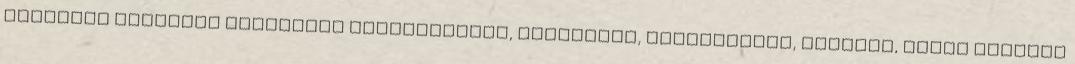
menekült soraiban bújhatnak alvóügynökök, merénylők, mérgeskedők, térítők, igázó elveket